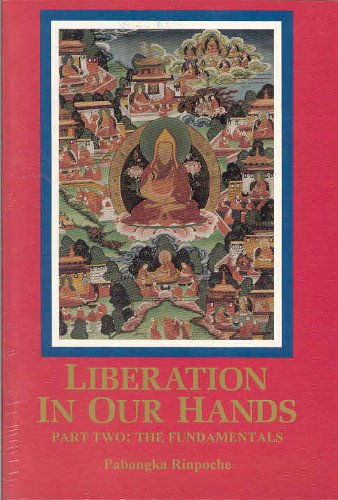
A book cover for Liberation in Our Hands: Part Two: The Fundamentals; Pabongka Rinpoche Jampa Tenzin Trinley Gyatso; Religion & Spirituality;